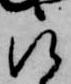
被